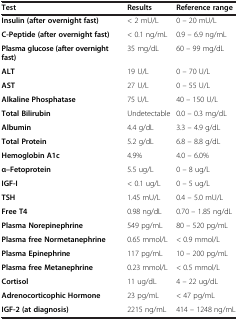
| Test | Results | Reference range |
 | --- | --- | --- |
 | Insulin (after overnight fast) | < 2 mU/L | 0 – 20 mU/L |
 | C-Peptide (after overnight fast) | < 0.1 ng/mL | 0.9 – 6.9 ng/mL |
 | Plasma glucose (after overnight fast) | 35 mg/dL | 60 – 99 mg/dL |
 | ALT | 19 U/L | 0 – 70 U/L |
 | AST | 27 U/L | 0 – 55 U/L |
 | Alkaline Phosphatase | 75 U/L | 40 – 150 U/L |
 | Total Bilirubin | Undetectable | 0.0 – 0.3 mg/dL |
 | Albumin | 4.4 g/dL | 3.3 – 4.9 g/dL |
 | Total Protein | 5.2 g/dL | 6.8 – 8.8 g/dL |
 | Hemoglobin A1c | 4.9% | 4.0 – 6.0% |
 | α–Fetoprotein | 5.5 ug/L | 0 – 8 ug/L |
 | IGF-I | < 0.1 ug/L | 0 – 5 ug/L |
 | TSH | 1.45 mU/L | 0.4 – 5.0 mU/L |
 | Free T4 | 0.98 ng/dL | 0.70 – 1.85 ng/dL |
 | Plasma Norepinephrine | 549 pg/mL | 80 – 520 pg/mL |
 | Plasma free Normetanephrine | 0.65 mmol/L | < 0.9 mmol/L |
 | Plasma Epinephrine | 117 pg/mL | 10 – 200 pg/mL |
 | Plasma free Metanephrine | 0.23 mmol/L | < 0.5 mmol/L |
 | Cortisol | 11 ug/dL | 4 – 22 ug/dL |
 | Adrenocorticophic Hormone | 23 pg/mL | < 47 pg/mL |
 | IGF-2 (at diagnosis) | 2215 ng/mL | 414 – 1248 ng/mL |